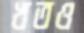
খতও